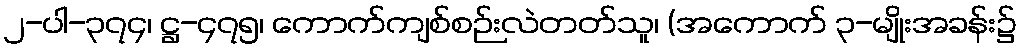
၂-ပါ-၃၇၄၊ ဋ္ဌ-၄၇၅၊ ကောက်ကျစ်စဉ်းလဲတတ်သူ၊ (အကောက် ၃-မျိုးအခန်း၌